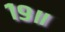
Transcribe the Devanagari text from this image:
१९॥